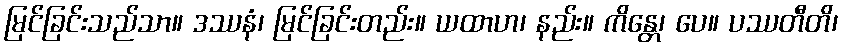
မြင်ခြင်းသည်သာ။ ဒဿနံ၊ မြင်ခြင်းတည်း။ ယထာဟ၊ နည်း။ ကိန္တေ၊ ပေ။ ပဿတီတိ၊